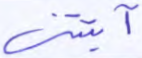
آتيتني